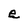
Character: e